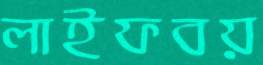
লাইফবয়